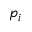
p _ { i }